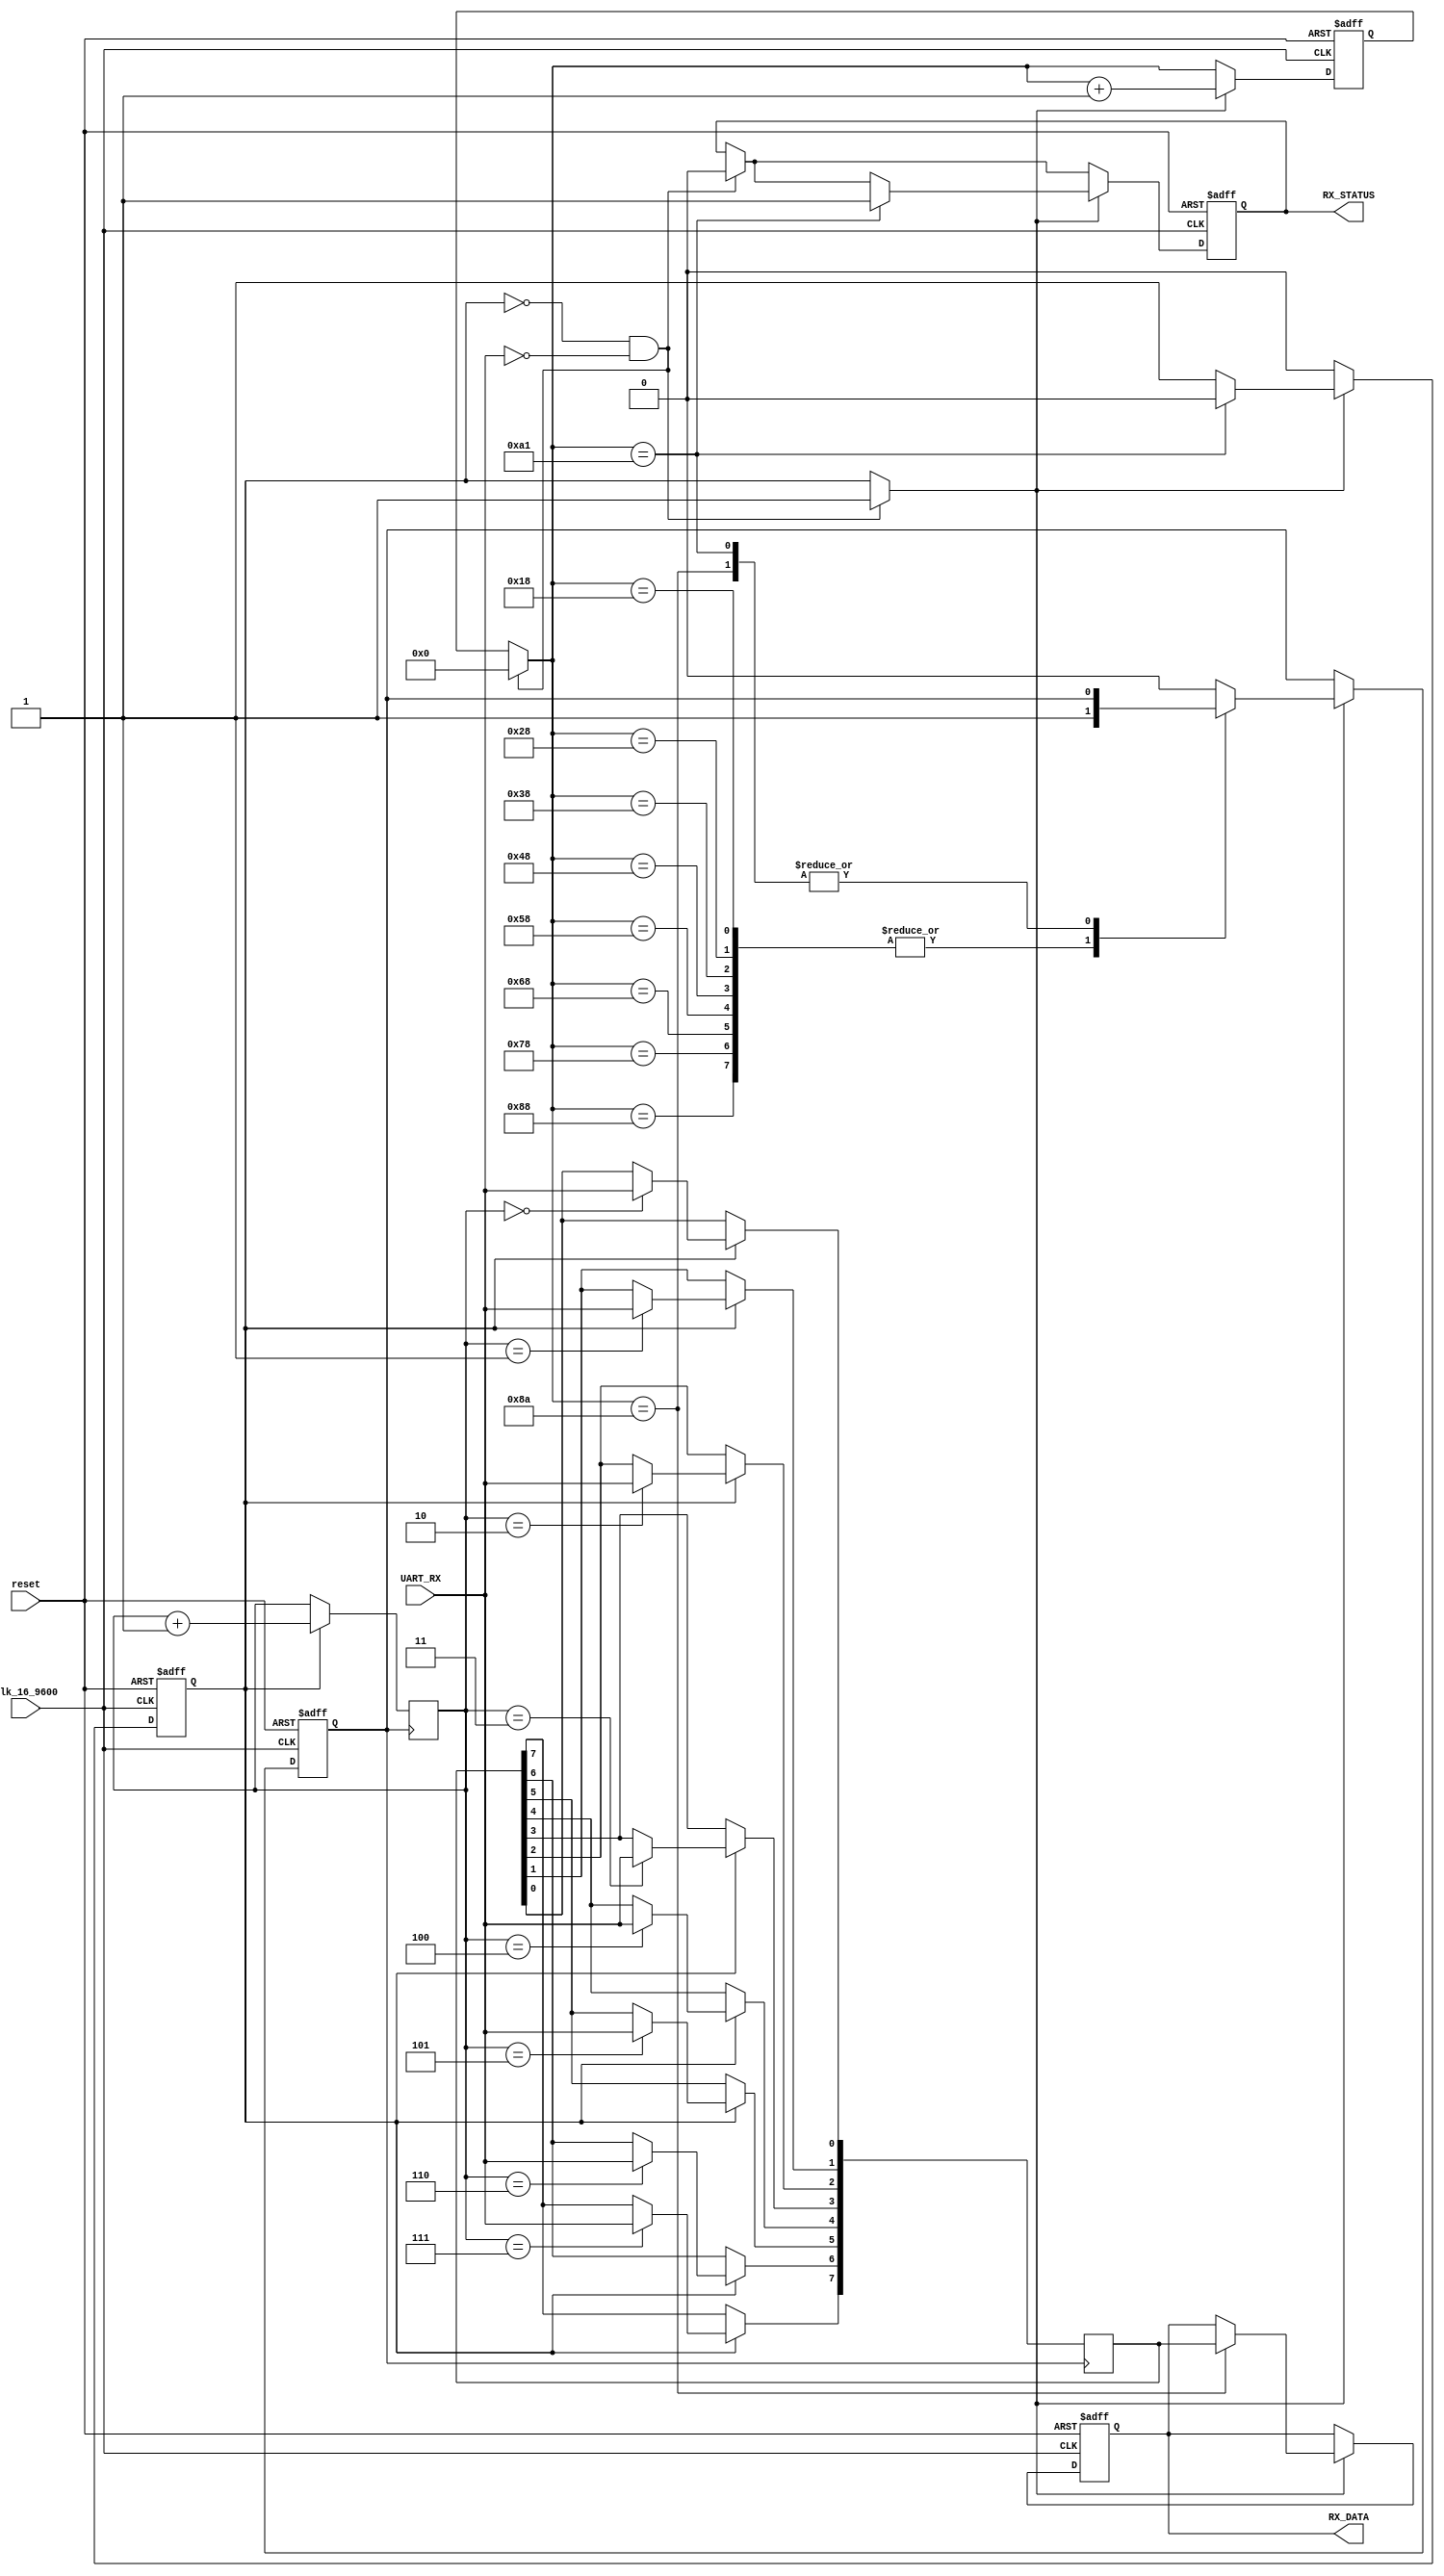
module Receiver(reset,UART_RX,Clk_16_9600,RX_DATA,RX_STATUS);
input UART_RX;
input reset;
input Clk_16_9600;
output reg RX_STATUS;
output reg [7:0]RX_DATA;
reg [7:0] DATA;
reg [7:0]cnt_clk;
reg [2:0]cnt_bit;
reg Sample;
reg enable;

initial
begin
	DATA=0;
	cnt_clk=0;
	cnt_bit=0;
	RX_DATA=0;
	Sample=0;//read the data
	enable=0;//if conut
	RX_STATUS=1;
end
always @(posedge Clk_16_9600 or negedge reset) begin
	if (~reset) begin
		RX_DATA=0;
		RX_STATUS=0;
		cnt_clk=0;
		Sample=0;
		enable=0;
	end
	else begin
		if(enable==0&&~UART_RX)
		begin
			enable=1;//begin!
			RX_STATUS=0;
			cnt_clk=0;
		end
		if(enable)
		begin
			case(cnt_clk)
			24,40,56,72,88,104,120,136:
			begin
				Sample=1;
				cnt_clk=cnt_clk+1;
			end
			138:
			begin
				//RX_STATUS=1;
				RX_DATA<=DATA;
				cnt_clk=cnt_clk+1;
			end
			161:
			begin
				RX_STATUS=1;
				cnt_clk=cnt_clk+1;
				enable=0;
			end
			default:
			begin
				cnt_clk=cnt_clk+1;
				Sample=0;
			end
			endcase
		end
	end
end
 always @(posedge Sample)
  begin
    if(enable)
      begin
        case(cnt_bit)
          3'd0:DATA[0]<=UART_RX; 
          3'd1:DATA[1]<=UART_RX; 
          3'd2:DATA[2]<=UART_RX; 
          3'd3:DATA[3]<=UART_RX; 
          3'd4:DATA[4]<=UART_RX; 
          3'd5:DATA[5]<=UART_RX; 
          3'd6:DATA[6]<=UART_RX; 
          3'd7:DATA[7]<=UART_RX;
          default:; 
        endcase
        cnt_bit<=cnt_bit+1;
      end
  end
endmodule
module Test_Receiver;
reg UART_RX;
reg Clk_16_9600;
reg reset;
initial
begin
	reset=0;
	#10 reset=1;
	Clk_16_9600=1;
	UART_RX=0;
end

always
begin
	#1 Clk_16_9600=~Clk_16_9600;
end

initial repeat(39)
begin
	#50 UART_RX=~UART_RX;
end
Receiver ZY(reset,UART_RX,Clk_16_9600,RX_DATA,RX_STATUS);
endmodule